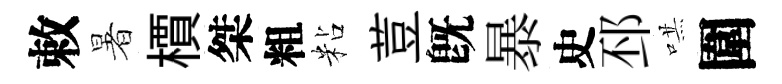
敕暑檟桀粗粘荳旣暴史邳哄圍